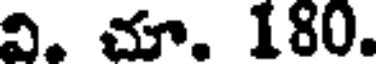
వి. చూ. 180.